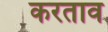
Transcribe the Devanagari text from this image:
करताव